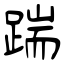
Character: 踹